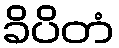
ခိပိတံ